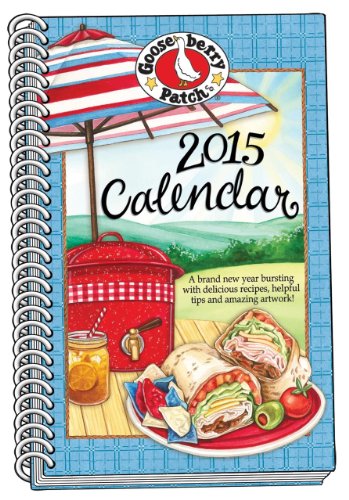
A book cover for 2015 Gooseberry Patch Appointment Calendar (Gooseberry Patch Calendars); Gooseberry Patch; Calendars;